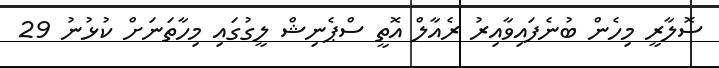
ސޮލާރީ މިހެން ބުނެފައިވާއިރު ރެއާލް އޮތީ ސްޕެނިޝް ލީގުގައި މިހާތަނަށް ކުޅުނު 29